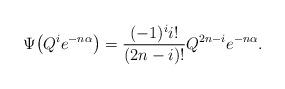
LaTeX: \begin{gather*}\Psi \big(Q^i e^{- n \alpha}\big)=\frac{(-1)^i i!}{(2n-i)!} Q^{2n -i} e^ {-n \alpha}.\end{gather*}